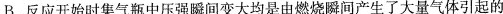
B.反应开始时集气瓶中压强瞬间变大均是由燃烧瞬间产生了大量气体引起的